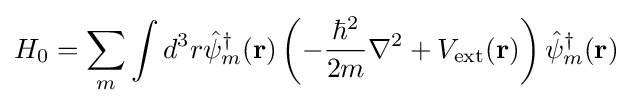
H_{0}=\sum _{m}\int d^{3}r{\hat {\psi }}_{m}^{\dagger }({\bf {r}})\left(-{\frac {\hbar ^{2}}{2m}}\nabla ^{2}+V_{\rm {ext}}({\bf {r}})\right){\hat {\psi }}_{m}^{\dagger }({\bf {r}})